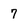
Character: 7